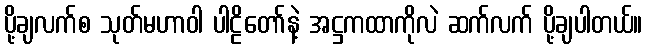
ပို့ချလက်စ သုတ်မဟာဝါ ပါဠိတော်နဲ့ အဋ္ဌကထာကိုလဲ ဆက်လက် ပို့ချပါတယ်။